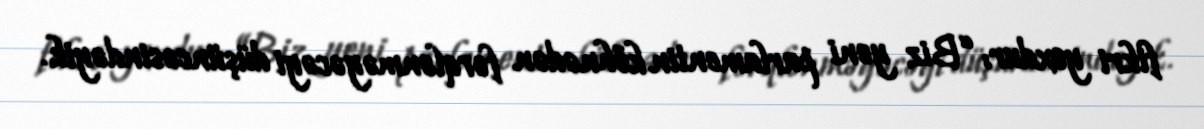
fikri yoxdur: “Biz yeni parlamentin köhnədən fərqlənməyəcəyi düşüncəsindəyik.